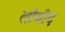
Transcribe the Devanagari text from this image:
लौघीद